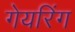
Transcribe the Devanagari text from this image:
गेयरिंग